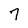
Character: 7